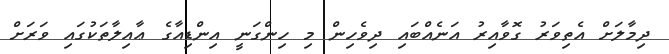
ދިމާލަށް އެތިވަރު ގޮވާއިރު އަނެއްބައި ދިވެހިން މި ހިންގަނީ އިންޑިއާގެ ޢާއިލާތަކުގައި ވަރަށް